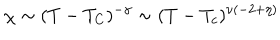
\chi \sim ( T - T _ { C } ) ^ { - \gamma } \sim ( T - T _ { c } ) ^ { \nu ( - 2 + \eta ) }